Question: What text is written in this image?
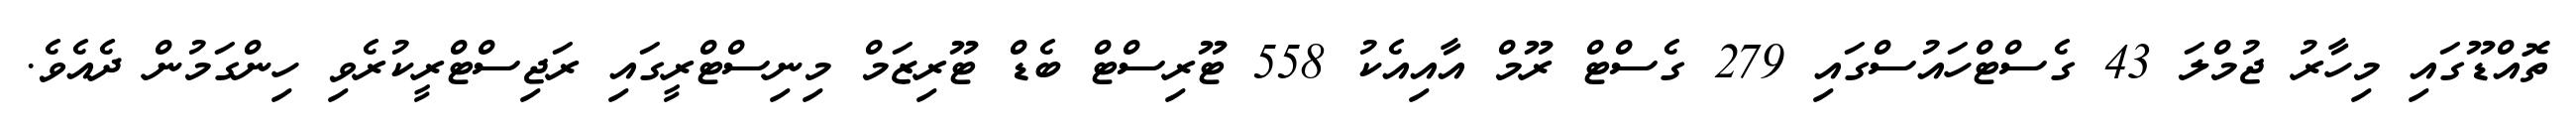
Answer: ތޮއްޑޫގައި މިހާރު ޖުމްލަ 43 ގެސްޓްހައުސްގައި 279 ގެސްޓް ރޫމް އާއިއެކު 558 ޓޫރިސްޓް ބެޑް ޓޫރިޒަމް މިނިސްޓްރީގައި ރަޖިސްޓްރީކުރެވި ހިންގަމުން ދެއެވެ.